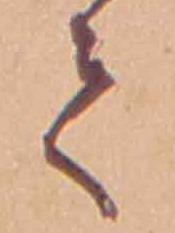
て